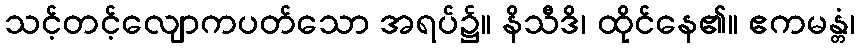
သင့်တင့်လျောကပတ်သော အရပ်၌။ နိသီဒိ၊ ထိုင်နေ၏။ ဧကမန္တံ၊